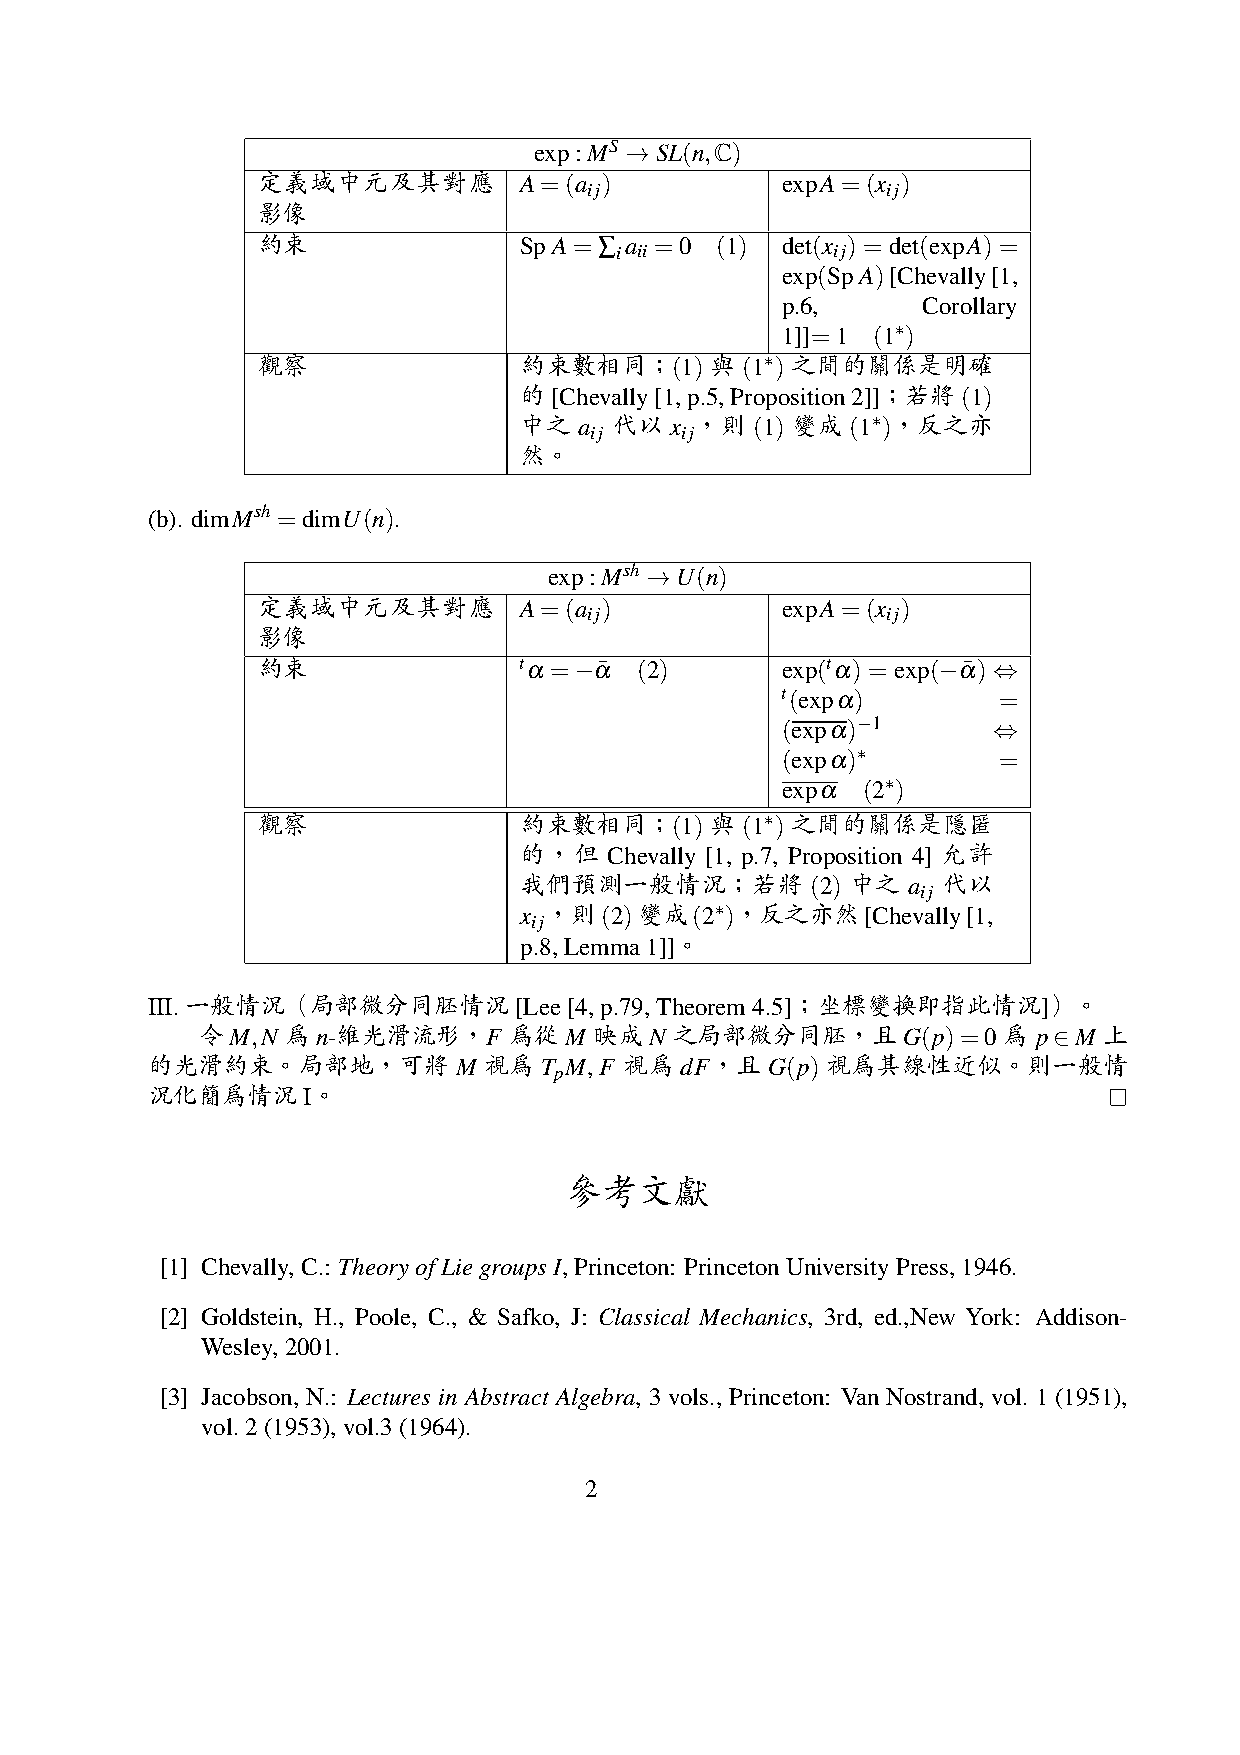
exp:MS →SL(n,C)
 定義域中元及其對應        A=(a  )           expA=(x )
 ij                  ij
 影像
 約束               SpA=∑  a =0  (1)  det(x )=det(expA)=
 i ii          ij
 exp(SpA)[Chevally[1,
 p.6,     Corollary
 ∗
 1]]=1 (1 )
 觀察               約束數相同；(1)    與 (1∗ ) 之間的關係是明確
 的[Chevally[1,p.5,Proposition2]]；若將(1)
 中之  a  代以 x ，則  (1) 變成 (1∗ )，反之亦
 ij    ij
 然。
 (b). dimMsh =dimU(n).
 exp:Msh →U(n)
 定義域中元及其對應        A=(a  )           expA=(x )
 ij                  ij
 影像
 約束               tα=−α¯  (2)       exp(tα) = exp(−α¯) ⇔
 t(expα)       =
 (expα)−1      ⇔
 (expα)∗
 =
 expα (2∗ )
 觀察               約束數相同；(1)    與 (1∗ ) 之間的關係是隱匿
 的，但   Chevally [1, p.7, Proposition 4] 允許
 我們預測一般情況；若將         (2) 中之 a 代以
 ij
 x ，則(2)變成(2∗  )，反之亦然[Chevally[1,
 ij
 p.8,Lemma1]]。
 III.一般情況（局部微分同胚情況       [Lee[4,p.79,Theorem4.5]；坐標變換即指此情況]）。
 令M,N  為n-維光滑流形，F     為從M  映成N   之局部微分同胚，且G(p)=0為        p∈M 上
 的光滑約束。局部地，可將        M 視為  T M, F 視為 dF，且 G(p) 視為其線性近似。則一般情
 p
 況化簡為情況    I。
 參考文獻
 [1] Chevally,C.: TheoryofLiegroupsI,Princeton: PrincetonUniversityPress,1946.
 [2] Goldstein, H., Poole, C., & Safko, J: Classical Mechanics, 3rd, ed.,New York: Addison-
 Wesley,2001.
 [3] Jacobson, N.: Lectures in Abstract Algebra, 3 vols., Princeton: Van Nostrand, vol. 1 (1951),
 vol. 2(1953),vol.3 (1964).
 2